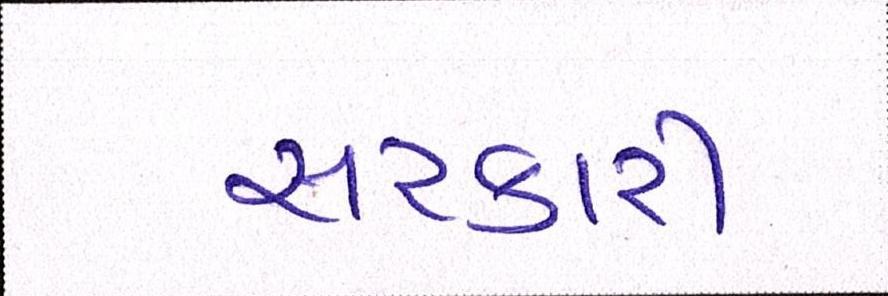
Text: સરકારી